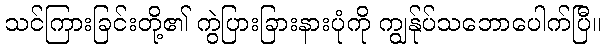
သင်ကြားခြင်းတို့၏ ကွဲပြားခြားနားပုံကို ကျွန်ုပ်သဘောပေါက်ပြီ။